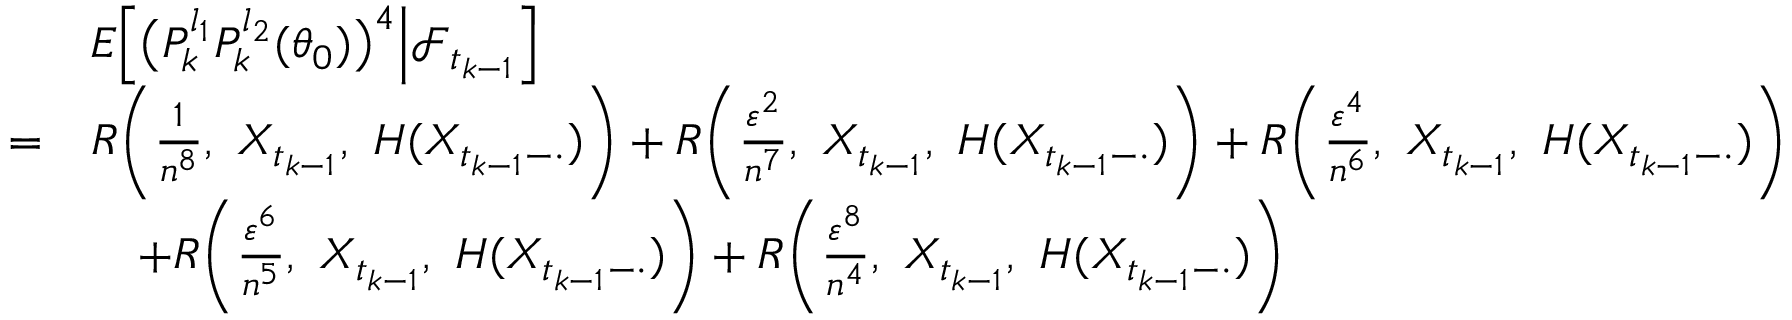
\begin{array} { r l } & { E \Big [ \big ( P _ { k } ^ { l _ { 1 } } P _ { k } ^ { l _ { 2 } } ( \theta _ { 0 } ) \big ) ^ { 4 } \Big | \mathcal { F } _ { t _ { k - 1 } } \Big ] } \\ { = } & { R \bigg ( \frac { 1 } { n ^ { 8 } } , ~ X _ { t _ { k - 1 } } , ~ H ( X _ { t _ { k - 1 } - \cdot } ) \bigg ) + R \bigg ( \frac { \varepsilon ^ { 2 } } { n ^ { 7 } } , ~ X _ { t _ { k - 1 } } , ~ H ( X _ { t _ { k - 1 } - \cdot } ) \bigg ) + R \bigg ( \frac { \varepsilon ^ { 4 } } { n ^ { 6 } } , ~ X _ { t _ { k - 1 } } , ~ H ( X _ { t _ { k - 1 } - \cdot } ) \bigg ) } \\ & { \quad + R \bigg ( \frac { \varepsilon ^ { 6 } } { n ^ { 5 } } , ~ X _ { t _ { k - 1 } } , ~ H ( X _ { t _ { k - 1 } - \cdot } ) \bigg ) + R \bigg ( \frac { \varepsilon ^ { 8 } } { n ^ { 4 } } , ~ X _ { t _ { k - 1 } } , ~ H ( X _ { t _ { k - 1 } - \cdot } ) \bigg ) } \end{array}